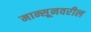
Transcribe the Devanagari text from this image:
मान्सूनवरील